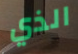
الذي